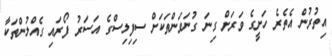
އިތުރުން އެތެރެ ހަށީގެ ވަރަށް ގިނަ ގުނަވަންތަކަށް ސިފިލިސްގެ އަސަރު ފޯރައި ގެއްލުންތަކާ